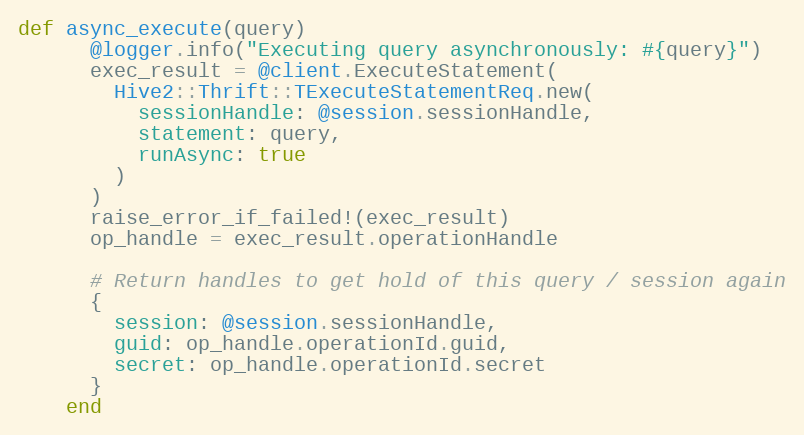
Language: Ruby
def async_execute(query)
      @logger.info("Executing query asynchronously: #{query}")
      exec_result = @client.ExecuteStatement(
        Hive2::Thrift::TExecuteStatementReq.new(
          sessionHandle: @session.sessionHandle,
          statement: query,
          runAsync: true
        )
      )
      raise_error_if_failed!(exec_result)
      op_handle = exec_result.operationHandle

      # Return handles to get hold of this query / session again
      {
        session: @session.sessionHandle,
        guid: op_handle.operationId.guid,
        secret: op_handle.operationId.secret
      }
    end